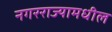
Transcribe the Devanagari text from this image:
नगरराज्यामधील